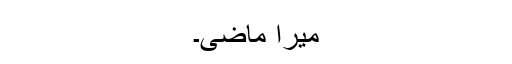
میرا ماضی۔